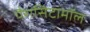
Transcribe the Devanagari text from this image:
पैरासिटामॉल